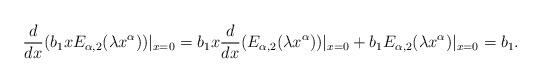
LaTeX: \begin{align*}\frac{d}{dx}(b_1xE_{\alpha, 2}(\lambda x^{\alpha}))|_{x=0} & = b_1x\frac{d}{dx}(E_{\alpha, 2}(\lambda x^{\alpha}))|_{x=0} + b_1E_{\alpha, 2}(\lambda x^{\alpha})|_{x=0} = b_1.\end{align*}